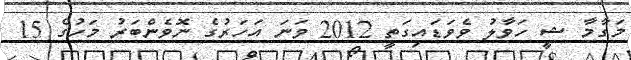
މަގާމާ ޝީ ހަވާލު ވެވަޑައިގަތީ 2012 ވަނަ އަހަރުގެ ނޮވެންބަރު މަހުގެ 15